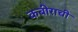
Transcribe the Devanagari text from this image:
कबीराची